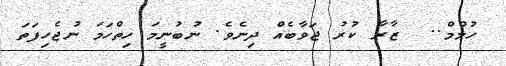
ހުމްމް..  ޒާރާ ކުރު ޖަވާބެއް ދިނެވެ. ނުބުނީމަ ހިތްހަމަ ނުޖެހިފަތަ